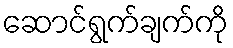
ဆောင်ရွက်ချက်ကို